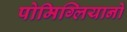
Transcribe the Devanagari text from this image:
पोमिग्लियानो